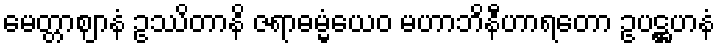
မေတ္တာဈာနံ ဥဿိတာနိ ဇရာဓမ္မံယေဝ မဟာဘိနီဟာရတော ဥပဋ္ဌဟနံ